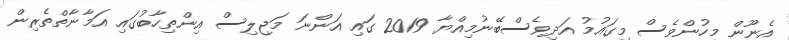
އެނޫން މީހުންވެސް މިގައުމު އަދިވެސްބޭނުމިއްޔާ 2019 ގައި އަންނަ މަޖިލިސް އިންތިހާބުގައި އަމާނާތްތެރިން